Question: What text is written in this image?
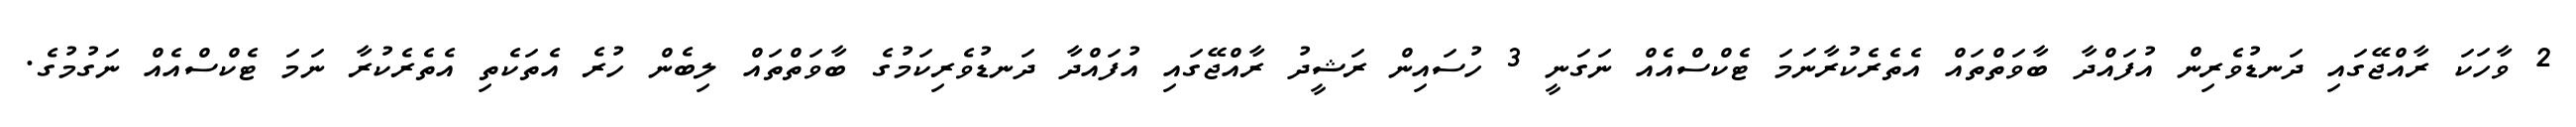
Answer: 2 ވާހަކަ ރާއްޖޭގައި ދަނޑުވެރިން އުފައްދާ ބާވަތްތައް އެތެރެކުރާނަމަ ޓެކްސްއެއް ނަގަނީ 3 ހުސައިން ރަޝީދު ރާއްޖޭގައި އުފައްދާ ދަނޑުވެރިކަމުގެ ބާވަތްތައް ލިބެން ހުރެ އެތަކެތި އެތެރެކުރާ ނަމަ ޓެކްސްއެއް ނަގުމުގެ.